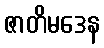
ဇာတိမဒေန